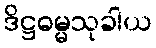
ဒိဋ္ဌဓမ္မသုခါယ